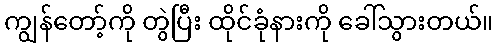
ကျွန်တော့်ကို တွဲပြီး ထိုင်ခုံနားကို ခေါ်သွားတယ်။